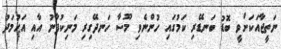
ނަތީޖާއަކަށްވީ ބޮޑު ބަނޑޭރި ކަމުގައި ހުންނެވި މޫސާ ހަނދޭގިރި މަނިކުފާނު އާއި އަޙުމަދު